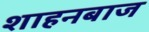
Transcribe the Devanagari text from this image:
शाहनबाज